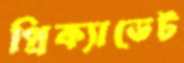
প্রিক্যাডেট